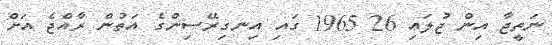
ނަތީޖާ އިން ޖުލައި 26 1965 ގައި އިނގިރޭސިންގެ އަތުން ރާއްޖެ އަށް